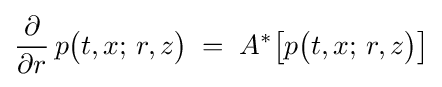
{\frac {\partial }{\partial r}}\,p{\bigl (}t,x;\,r,z{\bigr )}\;=\;A^{*}{\bigl [}p{\bigl (}t,x;\,r,z{\bigr )}{\bigr ]}